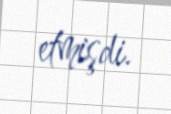
etmişdi.